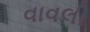
વાવલી